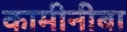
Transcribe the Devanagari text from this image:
कामीनीबा